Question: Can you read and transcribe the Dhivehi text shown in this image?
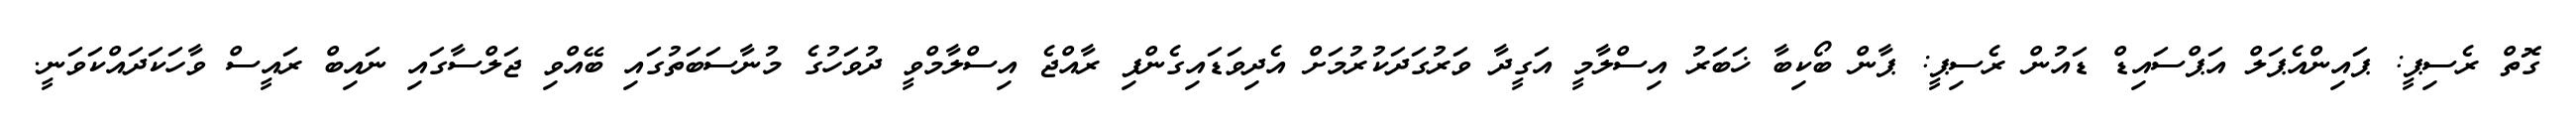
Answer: ގޮތް ރެސިޕީ: ޕައިންއެޕަލް އަޕްސައިޑް ޑައުން ރެސިޕީ: ޕާން ބޯކިބާ ޚަބަރު އިސްލާމީ އަގީދާ ވަރުގަދަކުރުމަށް އެދިވަޑައިގެންފި ރާއްޖެ އިސްލާމްވީ ދުވަހުގެ މުނާސަބަތުގައި ބޭއްވި ޖަލްސާގައި ނައިބް ރައީސް ވާހަކަދައްކަވަނީ.